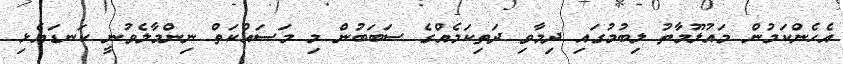
އެހެންކަމުން މައުލޫމާތު ލިބުމުގައި ދިމާވި ދަތިކަމެއްގެ ސަބަބުން މި މަސައްކަތް ނިންމާލެވުނީ ކަނޑައެޅި